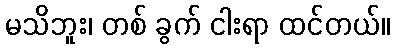
မသိဘူး၊ တစ် ခွက် ငါးရာ ထင်တယ်။